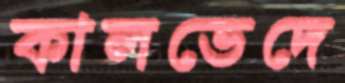
কালভেদে